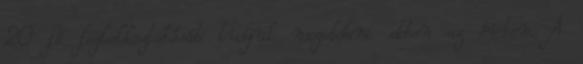
20 fő foglalkoztatását tudjuk megoldani ebben az évben. A